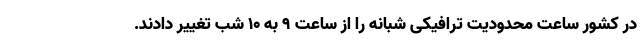
در کشور ساعت محدودیت ترافیکی شبانه را از ساعت ۹ به ۱۰ شب تغییر دادند.